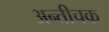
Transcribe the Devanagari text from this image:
अन्तीचक